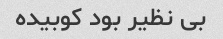
بی نظیر بود کوبیده